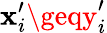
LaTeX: \mathbf{x}_{i}^{\prime}\geqy_{i}^{\prime}